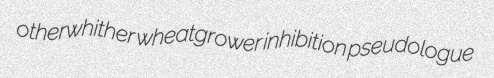
otherwhither wheatgrower inhibition pseudologue